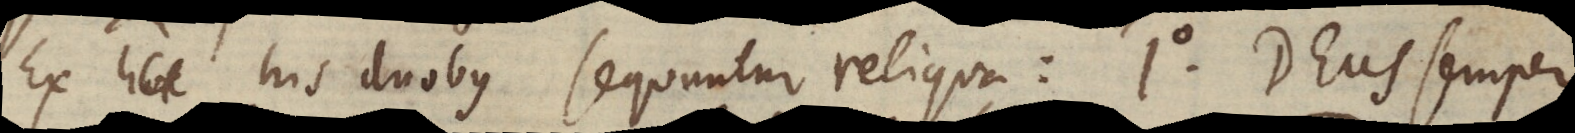
Ex his duobus sequuntur reliqua: sequuntur reliqua: 1°) Deus semper